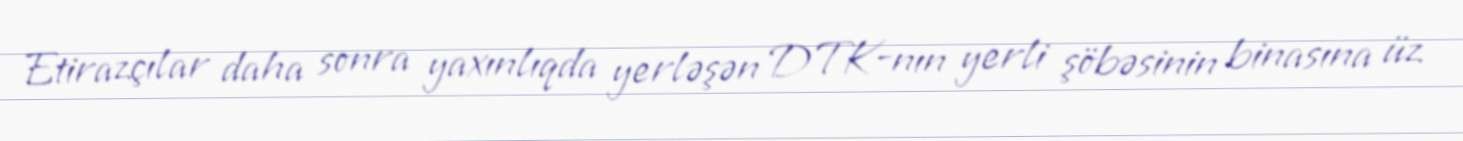
Etirazçılar daha sonra yaxınlıqda yerləşən DTK-nın yerli şöbəsinin binasına üz